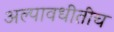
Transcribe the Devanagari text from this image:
अल्पावधीतीच